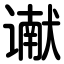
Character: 谳